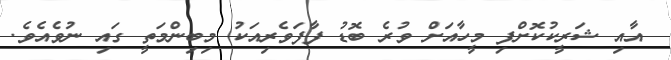
އާއި ޝަރީކުކޮށްފި މީހާއަށް ވުރެ ބޮޑު ފާފަވެރިއަކު މިބިންމަތީ ގައި ނުވެއެވެ.